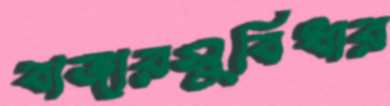
বাজারসুবিধার